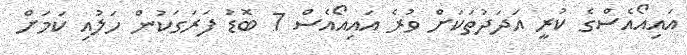
އައިއޯއެސްގެ ކުރީ އަދަދުތަކަށް ވުރެ އައިއޯއެސް 7 ބޮޑު ފަރަގަކުން ހަލުއި ކަމަށް